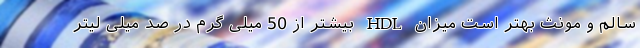
سالم و مونث بهتر است میزان HDL بیشتر از 50 میلی گرم در صد میلی لیتر